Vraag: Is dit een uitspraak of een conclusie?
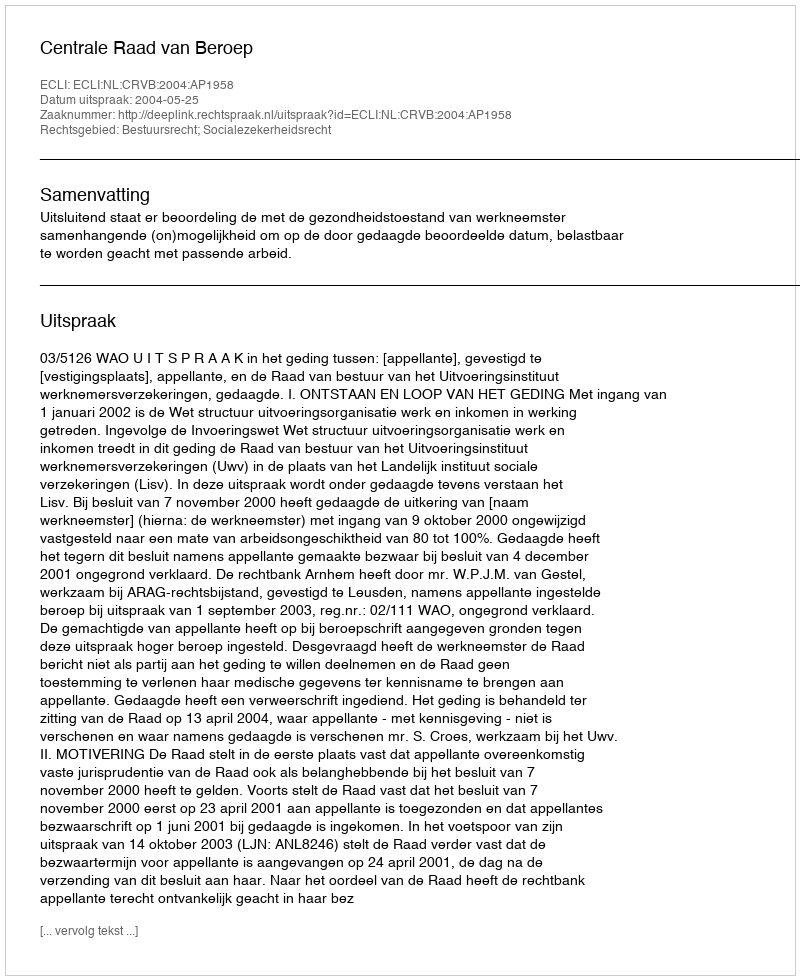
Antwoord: Uitspraak